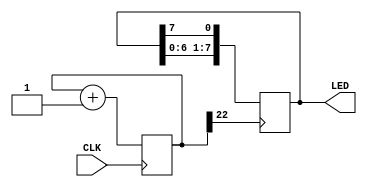
module switch(input CLK, output [7:0] LED);
      
    reg [25:0] counter;
    wire lclk = counter[22];

    initial begin
        LED = 8'b11111110;
    end

    always @(posedge CLK)
    begin
        counter <= counter + 1;
    end

    always @(posedge lclk)
    begin
        LED <= {LED[6:0], LED[7]};
    end


endmodule